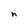
Character: n